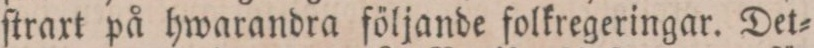
ſtraxt på hwarandra följande folkregeringar. Det=